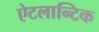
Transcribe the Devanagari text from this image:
ऐटलान्टिक